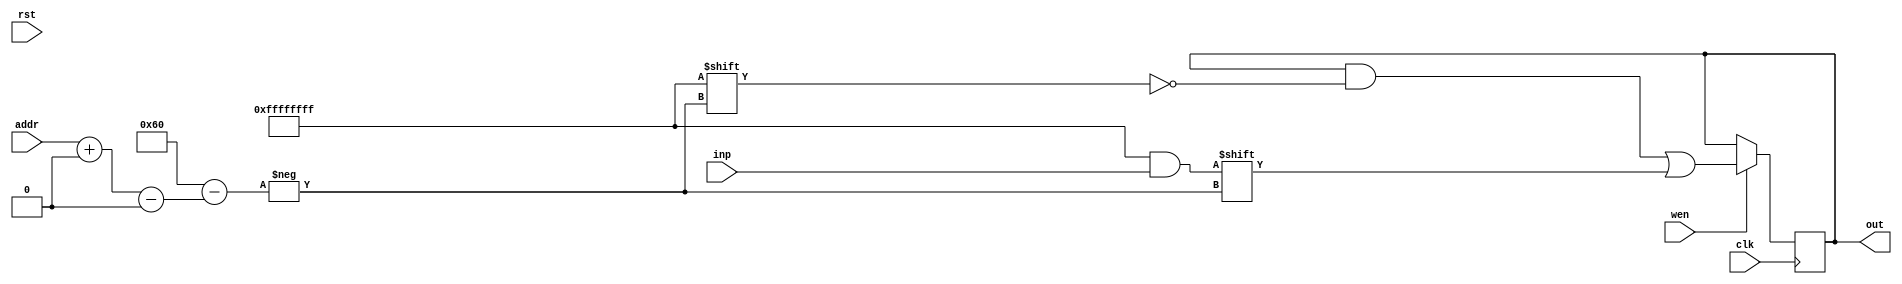
module buffer16(clk, rst, inp, addr, wen, out);
input clk, rst, wen;
input [31:0] inp;
input [6:0] addr;
output wire [0:127] out;
reg [0:127] buff;
always@(posedge clk) begin
	if(wen) buff[addr +: 32] = inp;
end
assign out = buff[0:127];
endmodule